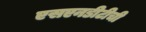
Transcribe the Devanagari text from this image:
एसएनडीटीची